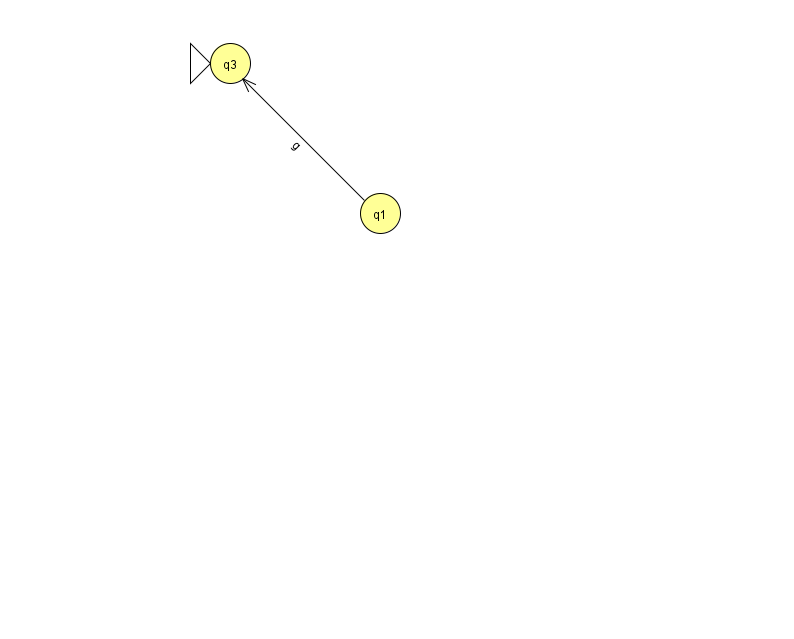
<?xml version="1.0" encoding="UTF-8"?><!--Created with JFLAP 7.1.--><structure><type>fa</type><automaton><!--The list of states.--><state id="1" name="q1"><x>380.0</x><y>200.0</y></state><state id="3" name="q3"><x>230.0</x><y>50.0</y><initial/></state><!--The list of transitions.--><transition><from>1</from><to>3</to><read>g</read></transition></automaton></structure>